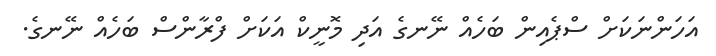
އަހަންނަކަށް ސްޕެއިން ބަހެއް ނޭނގެ އަދި މޮނީކް އަކަށް ފްރާންސް ބަހެއް ނޭނގެ.